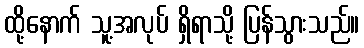
ထို့နောက် သူ့အလုပ် ရှိရာသို့ ပြန်သွားသည်။